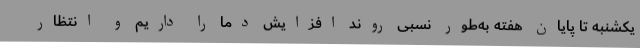
یکشنبه تا پایان هفته به‌طور نسبی روند افزایش دما را داریم و انتظار